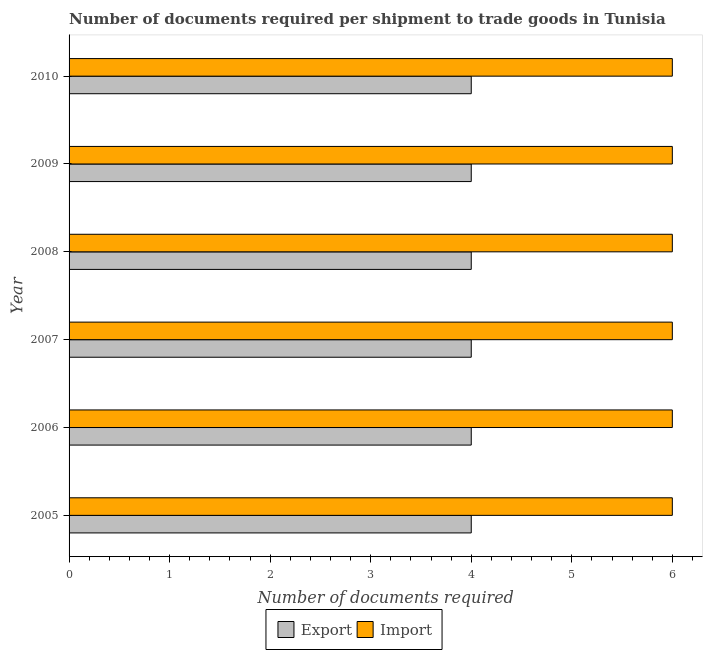
| Year | Export | Import |
 | --- | --- | --- |
 | 2005 | 4 | 6 |
 | 2006 | 4 | 6 |
 | 2007 | 4 | 6 |
 | 2008 | 4 | 6 |
 | 2009 | 4 | 6 |
 | 2010 | 4 | 6 |